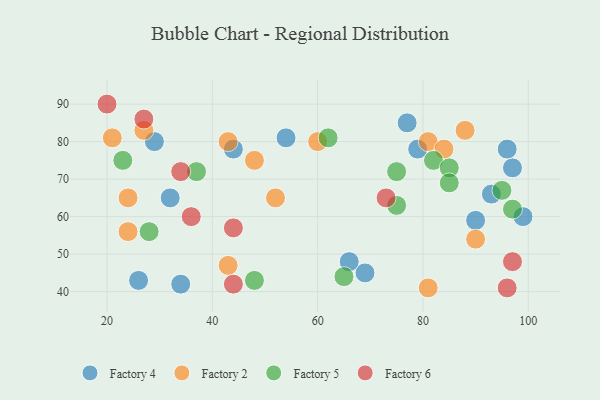
{"axis": {"x": "GDP", "y": "Life Expectancy"}, "legend": ["Factory 2", "Factory 4", "Factory 5", "Factory 6"], "data": [{"x": "97", "y": 73, "type": "Factory 4"}, {"x": "34", "y": 42, "type": "Factory 4"}, {"x": "93", "y": 66, "type": "Factory 4"}, {"x": "26", "y": 43, "type": "Factory 4"}, {"x": "44", "y": 78, "type": "Factory 4"}, {"x": "69", "y": 45, "type": "Factory 4"}, {"x": "29", "y": 80, "type": "Factory 4"}, {"x": "96", "y": 78, "type": "Factory 4"}, {"x": "77", "y": 85, "type": "Factory 4"}, {"x": "90", "y": 59, "type": "Factory 4"}, {"x": "66", "y": 48, "type": "Factory 4"}, {"x": "79", "y": 78, "type": "Factory 4"}, {"x": "54", "y": 81, "type": "Factory 4"}, {"x": "99", "y": 60, "type": "Factory 4"}, {"x": "32", "y": 65, "type": "Factory 4"}, {"x": "43", "y": 80, "type": "Factory 2"}, {"x": "24", "y": 56, "type": "Factory 2"}, {"x": "81", "y": 41, "type": "Factory 2"}, {"x": "60", "y": 80, "type": "Factory 2"}, {"x": "48", "y": 75, "type": "Factory 2"}, {"x": "88", "y": 83, "type": "Factory 2"}, {"x": "24", "y": 65, "type": "Factory 2"}, {"x": "81", "y": 80, "type": "Factory 2"}, {"x": "90", "y": 54, "type": "Factory 2"}, {"x": "43", "y": 47, "type": "Factory 2"}, {"x": "52", "y": 65, "type": "Factory 2"}, {"x": "84", "y": 78, "type": "Factory 2"}, {"x": "21", "y": 81, "type": "Factory 2"}, {"x": "27", "y": 83, "type": "Factory 2"}, {"x": "82", "y": 75, "type": "Factory 5"}, {"x": "95", "y": 67, "type": "Factory 5"}, {"x": "62", "y": 81, "type": "Factory 5"}, {"x": "23", "y": 75, "type": "Factory 5"}, {"x": "48", "y": 43, "type": "Factory 5"}, {"x": "75", "y": 72, "type": "Factory 5"}, {"x": "65", "y": 44, "type": "Factory 5"}, {"x": "75", "y": 63, "type": "Factory 5"}, {"x": "37", "y": 72, "type": "Factory 5"}, {"x": "85", "y": 73, "type": "Factory 5"}, {"x": "28", "y": 56, "type": "Factory 5"}, {"x": "85", "y": 69, "type": "Factory 5"}, {"x": "97", "y": 62, "type": "Factory 5"}, {"x": "34", "y": 72, "type": "Factory 6"}, {"x": "44", "y": 57, "type": "Factory 6"}, {"x": "27", "y": 86, "type": "Factory 6"}, {"x": "36", "y": 60, "type": "Factory 6"}, {"x": "97", "y": 48, "type": "Factory 6"}, {"x": "73", "y": 65, "type": "Factory 6"}, {"x": "20", "y": 90, "type": "Factory 6"}, {"x": "96", "y": 41, "type": "Factory 6"}, {"x": "44", "y": 42, "type": "Factory 6"}]}